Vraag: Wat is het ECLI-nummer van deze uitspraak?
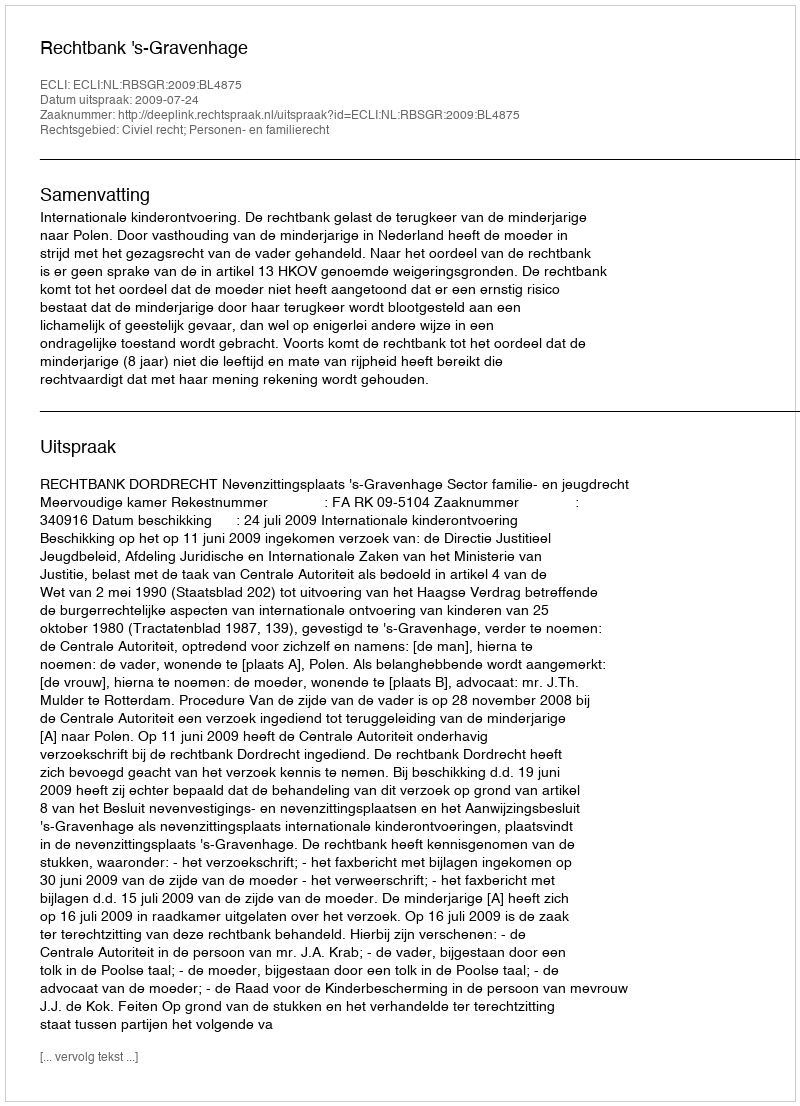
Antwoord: ECLI:NL:RBSGR:2009:BL4875